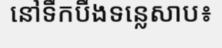
នៅទឹកបឹងទន្លេសាប៖